Vaccination in the Punjab 1883-1896 - 1883-1896
Year: 1883
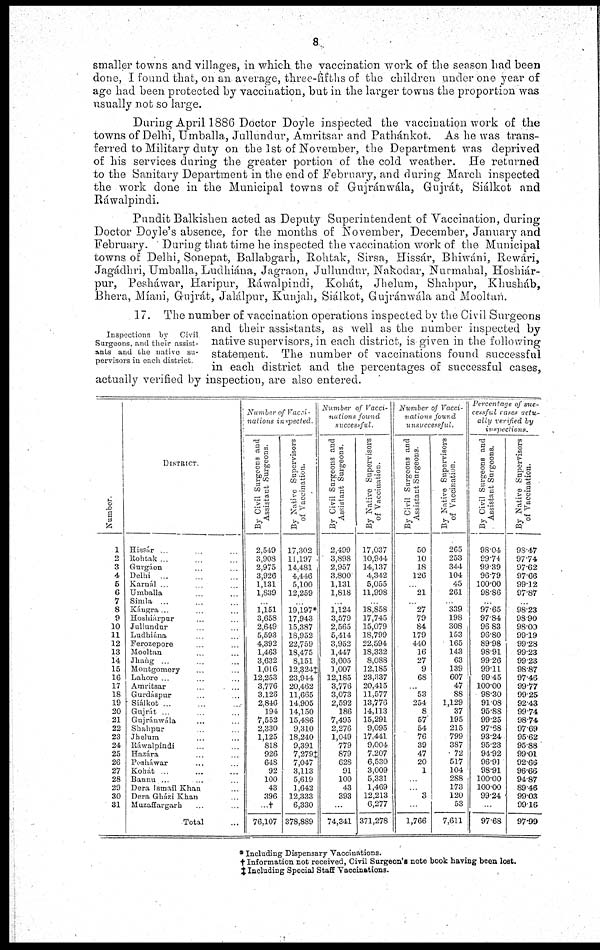
8
smaller towns and villages, in which the vaccination work of the season had been
done, I found that, on an average, three-fifths of the children under one year of
age had been protected by vaccination, but in the larger towns the proportion was
usually not so large.
During April 1886 Doctor Doyle inspected the vaccination work of the
towns of Delhi, Umballa, Jullundur, Amritsar and Pathánkot. As he was trans-
ferred to Military duty on the 1st of November, the Department was deprived
of his services during the greater portion of the cold weather. He returned
to the Sanitary Department in the end of February, and during March inspected
the work done in the Municipal towns of Gujránwála, Gujrát, Siálkot and
Rawalpindi.
Pundit Balkishen acted as Deputy Superintendent of Vaccination, during
Doctor Doyle's absence, for the months of November, December, January and
February. During that time he inspected the vaccination work of the Municipal
towns of Delhi, Sonepat, Ballabgarh, Rohtak, Sirsa, Hissár, Bhiwáni, Rewári,
Jagádhri, Umballa, Ludhiána, Jagraon, Jullundur. Nakodar, Nurmahal, Hoshiár¬
pur, Peshawar, Haripur, Ráwalpindi, Kohát, Jhelum, Shahpur, Khusháb,
Bhera, Míani, Gujrát, Jalálpur, Kunjah, Siálkot, Gujránwála and Mooltan.
Inspections by Civil
Surgeons, and their assist-
ants and the native su-
pervisors in each district.
17. The number of vaccination operations inspected by the Civil Surgeons
and their assistants, as well as the number inspected by-
native supervisors, in each district, is given in the following
statement. The number of vaccinations found successful
in each district and the percentages of successful cases,
actually verified by inspection, are also entered.
Number.
1
2
3
4
5
6
7
8
9
10
11
12
13
14
15
16
17
18
19
20
21
22
23
24
25
26
27
28
29
30
31
DISTRICT.
Hissár ... ... ...
Rohtak
...
...
...
Gurgáon ... ... ...
Delhi ... ... ...
Karnál ... ... ...
Umballa ... ... ...
Simla ... ... ...
Kángra ... ... ...
Hoshiárpur ... ... ...
Jullundur ... ... ...
Ludhiána ... ... ...
Ferozepore ... ... ...
Mooltan ... ... ...
Jhang ... ... ...
Montgomery ... ... ...
Lahore ... ... ...
Amritsar ... ... ...
Gurdáspur ... ... ...
Siálkot ... ... ...
Gujrát ... ... ...
Gujránwála ... ... ...
Shahpur ... ... ...
Jhelum ... ... ...
Ráwalpindi ... ... ...
Hazára ... ... ...
Pesháwar ... ... ...
Kohát ... ... ...
Bannu ... ... ...
Dera Ismail Khan ...
Dera Gházi Khan ...
Muzaffargarh ... ...
Total ...
Number of Vacci-
-ations inspected.
By Civil Surgeons and
Assistant Surgeons.
2,549
3,908
2,975
3,926
1,131
1,839
...
1,151
3,658
2,649
5,593
4,392
1,463
3,632
1,016
12,253
3,776
3,126
2,846
194
7,552
2,330
1,125
818
926
648
92
100
43
396
...†
76,107
By Native Supervisors
of Vaccination.
17,302
11,197
14,481
4,446
5,100
12,259
...
19,197*
17,943
15,387
18,952
22,759
18,475
8,151
12,324‡
23,944
20,462
11,665
14,905
14,150
15,486
9,310
18,240
9,391
7,279‡
7,047
3,113
5,619
1,642
12,333
6,330
378,889
Number of Vacci¬
nations found
successful.
By Civil Surgeons and
Assistant Surgeons.
2,499
3,898
2,957
3,800
1,131
1,818
...
1,124
3,579
2,565
5,414
3,952
1,447
3,605
1,007
12,185
3,776
3,073
2,592
186
7,495
2,276
1,049
779
879
628
91
100
43
393
...
74,341
By Native Supervisors
of Vaccination.
17,037
10,944
14,137
4,342
5,055
11,998
...
18,858
17,745
15,079
18,799
22,594
18,332
8,088
12,185
23,337
20,415
11,577
13,776
14,113
15,291
9,095
17,441
9,004
7,207
6,530
3,009
5,331
1,469
12,213
6,277
371,278
Number of Vacci-
nations found
unsuccessful.
By Civil Surgeons and
Assistant Surgeons.
50
10
18
126
...
21
...
27
79
84
179
440
16
27
9
68
...
53
254
8
57
54
76
39
47
20
1
...
...
3
...
1,766
By Native Supervisors
of Vaccination.
265
253
344
104
45
261
...
339
198
308
153
165
143
63
139
607
47
88
1,129
37
195
215
799
387
72
517
104
288
173
120
53
7,611
Percentage of suc-
cessful cases actu-
ally verified by
inspections.
By Civil Surgeons and
Assistant Surgeons.
98.04
99.74
99.39
96.79
100.00
98.86
...
97.65
97.84
96.83
96.80
89.98
98.91
99.26
99.11
99.45
100.00
98.30
91.08
95.88
99.25
97.68
93.24
95.23
94.92
96.91
98.91
100.00
100.00
99.24
...
97.68
By Native Supervisors
of Vaccination.
98.47
97.74
97.62
97.66
99.12
97.87
...
98.23
98.90
98.00
99.19
99.28
99.23
99.23
98.87
97.46
99.77
99.25
92.43
99.74
98.74
97.69
95.62
95.88
99.01
92.66
96.66
94.87
89.46
99.03
99.16
97.99
* Including Dispensary Vaccinations.
† Information not received, Civil Surgeon's note book having been lost.
‡ Including Special Staff Vaccinations.